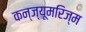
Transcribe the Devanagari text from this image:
कन्ज्यूमरिज्म